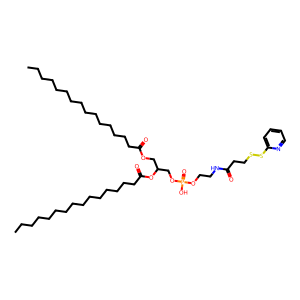
SMILES: CCCCCCCCCCCCCCCC(=O)OCC(COP(=O)(O)OCCNC(=O)CCSSc1ccccn1)OC(=O)CCCCCCCCCCCCCCC
Inhibits HIV replication: No